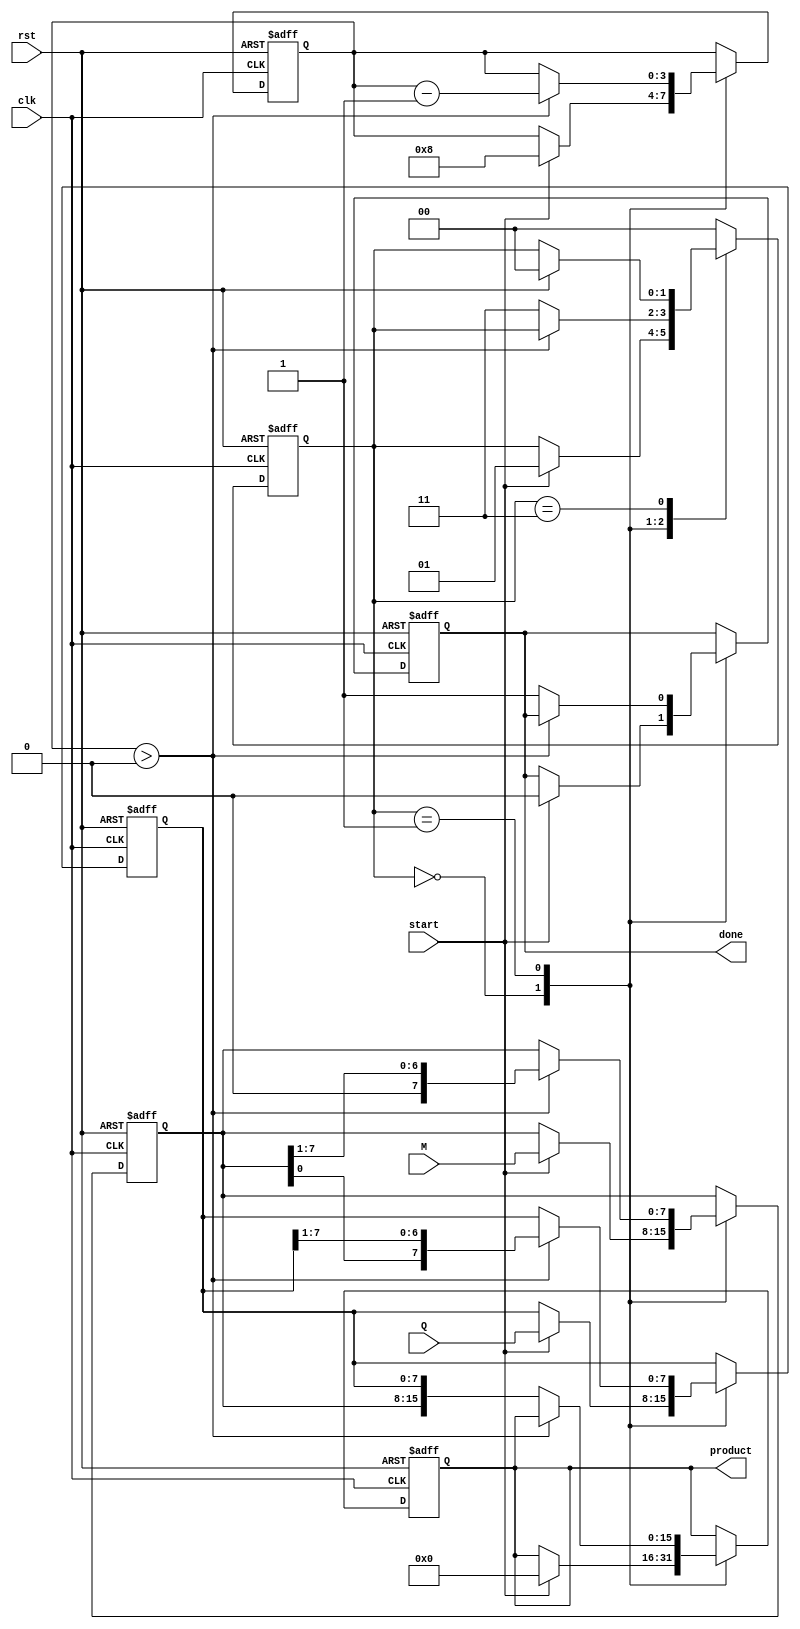
module booth_multiplier #(
    parameter WIDTH = 8 // Width of the multiplicand and multiplier
) (
    input wire clk,
    input wire rst,
    input wire start,
    input wire signed [WIDTH-1:0] M, // Multiplicand
    input wire signed [WIDTH-1:0] Q, // Multiplier
    output reg signed [2*WIDTH-1:0] product, // Product output
    output reg done // Completion signal
);

    // Internal Registers
    reg signed [WIDTH-1:0] A;               // Accumulator
    reg signed [WIDTH-1:0] Q_reg;           // Multiplier register
    reg Q_1;                                 // Previous Q bit
    reg [3:0] count;                         // Count register for number of bits
    reg [1:0] state;                         // FSM state

    // State Encoding
    localparam IDLE = 2'b00;
    localparam INIT = 2'b01;
    localparam EXECUTE = 2'b10;
    localparam DONE = 2'b11;

    // Sequential Logic
    always @(posedge clk or posedge rst) begin
        if (rst) begin
            // Reset all registers
            A <= 0;
            Q_reg <= 0;
            Q_1 <= 0;
            count <= 0;
            product <= 0;
            done <= 0;
            state <= IDLE;
        end else begin
            case (state)
                IDLE: begin
                    if (start) begin
                        // Load the multiplicand and multiplier
                        A <= M;
                        Q_reg <= Q;
                        Q_1 <= 0; // Initialize Q-1 to 0
                        count <= WIDTH; // Number of bits to process
                        product <= 0; // Clear product
                        done <= 0; // Not done yet
                        state <= INIT;
                    end
                end

                INIT: begin
                    if (count > 0) begin
                        // Determine the operation based on Q[0] and Q-1
                        case ({Q_reg[0], Q_1})
                            2'b00: begin
                                // No operation
                            end
                            2'b01: begin
                                // Add M to A
                                A <= A + M;
                            end
                            2'b10: begin
                                // Subtract M from A
                                A <= A - M;
                            end
                            2'b11: begin
                                // No operation
                            end
                        endcase

                        // Perform arithmetic right shift
                        {A, Q_reg} <= {A, Q_reg} >>> 1; // Arithmetic right shift
                        Q_1 <= Q_reg[0]; // Update Q-1
                        count <= count - 1; // Decrement count
                    end else begin
                        // Prepare final product
                        product <= {A, Q_reg}; // Combine A and Q_reg for final product
                        done <= 1; // Indicate that multiplication is done
                        state <= DONE;
                    end
                end

                DONE: begin
                    // Stay in DONE state until reset
                    if (rst) begin
                        state <= IDLE; // Go back to IDLE on reset
                    end
                end

                default: state <= IDLE; // Default case
            endcase
        end
    end
endmodule